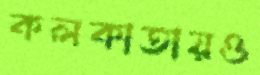
কলকাতায়ও